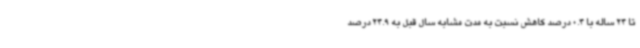
تا 24 ساله با 0.4 درصد کاهش نسبت به مدت مشابه سال قبل به 24.9 درصد